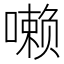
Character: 𪢐